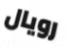
رويال